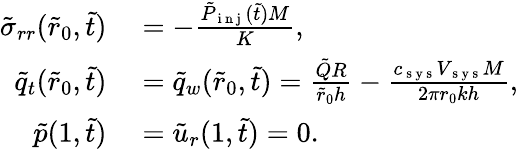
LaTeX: \begin{array}{rl}{\tilde{\sigma}_{rr}(\tilde{r}_{0},\tilde{t})}&{{}=-\frac{\tilde{P}_{\mathrm{~i~n~j~}}(\tilde{t})M}{K},}\\ {\tilde{q}_{t}(\tilde{r}_{0},\tilde{t})}&{{}=\tilde{q}_{w}(\tilde{r}_{0},\tilde{t})=\frac{\tilde{Q}R}{\tilde{r}_{0}h}-\frac{c_{\mathrm{~s~y~s~}}V_{\mathrm{~s~y~s~}}M}{2\pi r_{0}kh},}\\ {\tilde{p}(1,\tilde{t})}&{{}=\tilde{u}_{r}(1,\tilde{t})=0.}\end{array}